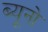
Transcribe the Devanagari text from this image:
ब्यूनो